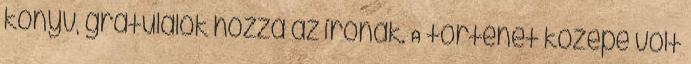
könyv, gratulálok hozzá az írónak. A történet közepe volt